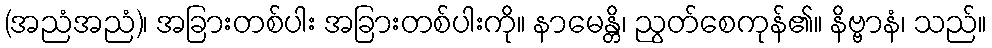
(အညံအညံ)၊ အခြားတစ်ပါး အခြားတစ်ပါးကို။ နာမေန္တိ၊ ညွတ်စေကုန်၏။ နိဗ္ဗာနံ၊ သည်။